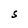
Character: S